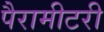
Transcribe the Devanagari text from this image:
पैरामीटरी